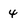
Character: 4